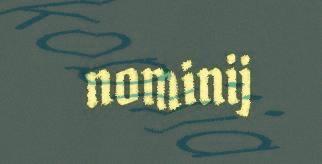
nominij